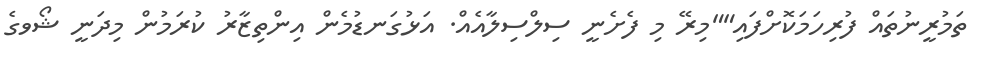
ތަމުރީނުތައް ފުރިހަމަކޮށްފައި""މިރޭ މި ފެށެނީ ސިލްސިލާއެއް. އަޅުގަނޑުމެން އިންތިޒާރު ކުރަމުން މިދަނީ ޝޯވގެ